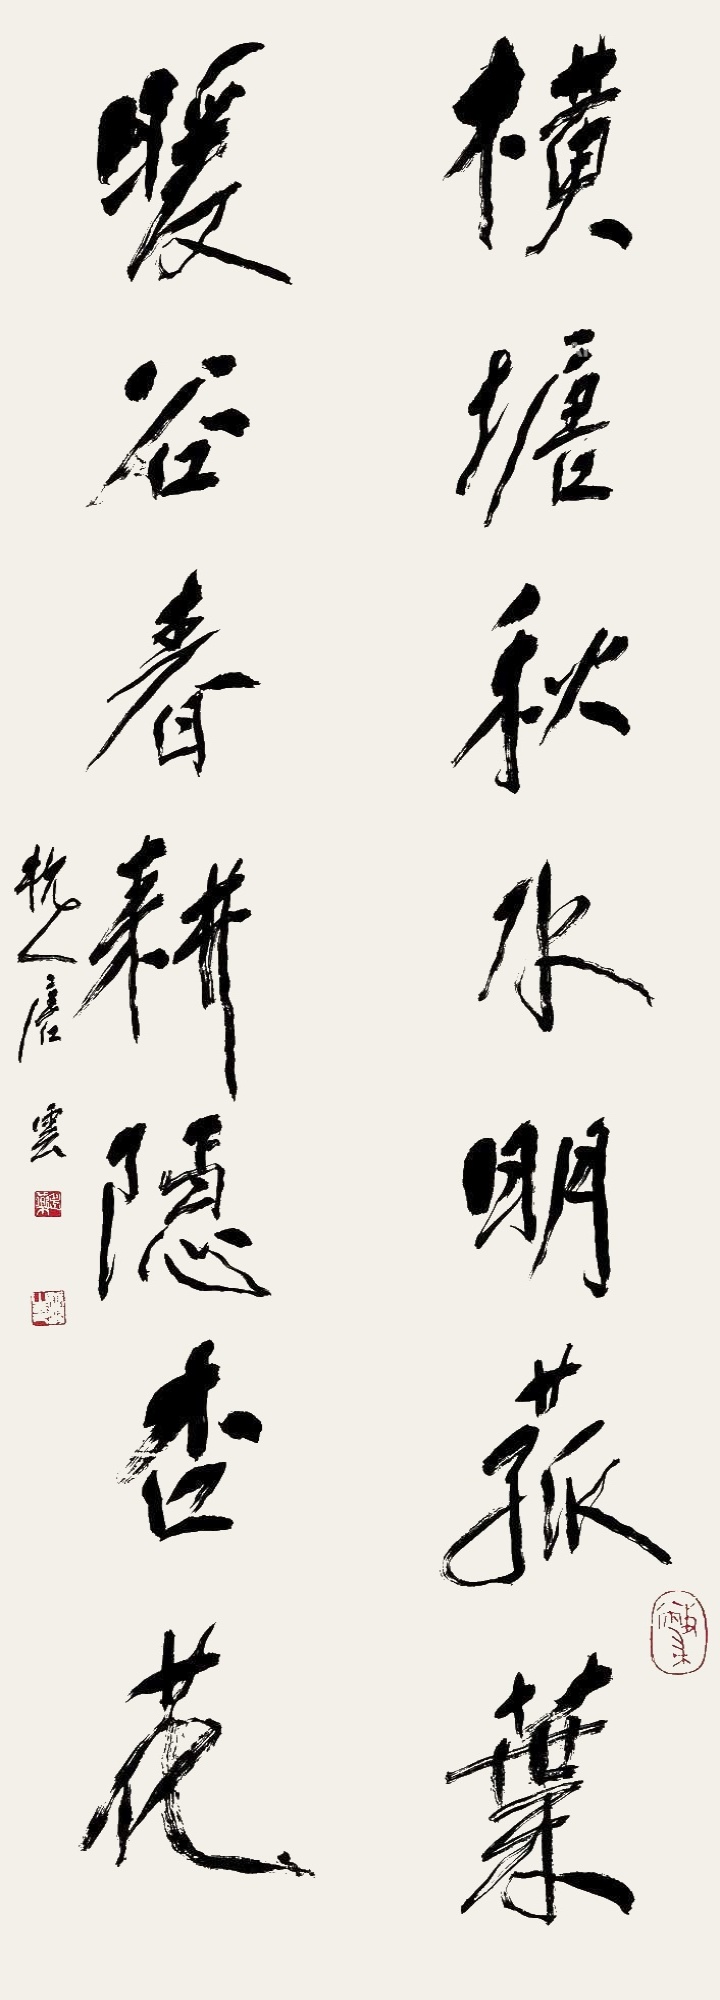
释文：横塘秋水明菰叶，暖谷春耕隐杏花。杭人唐云。